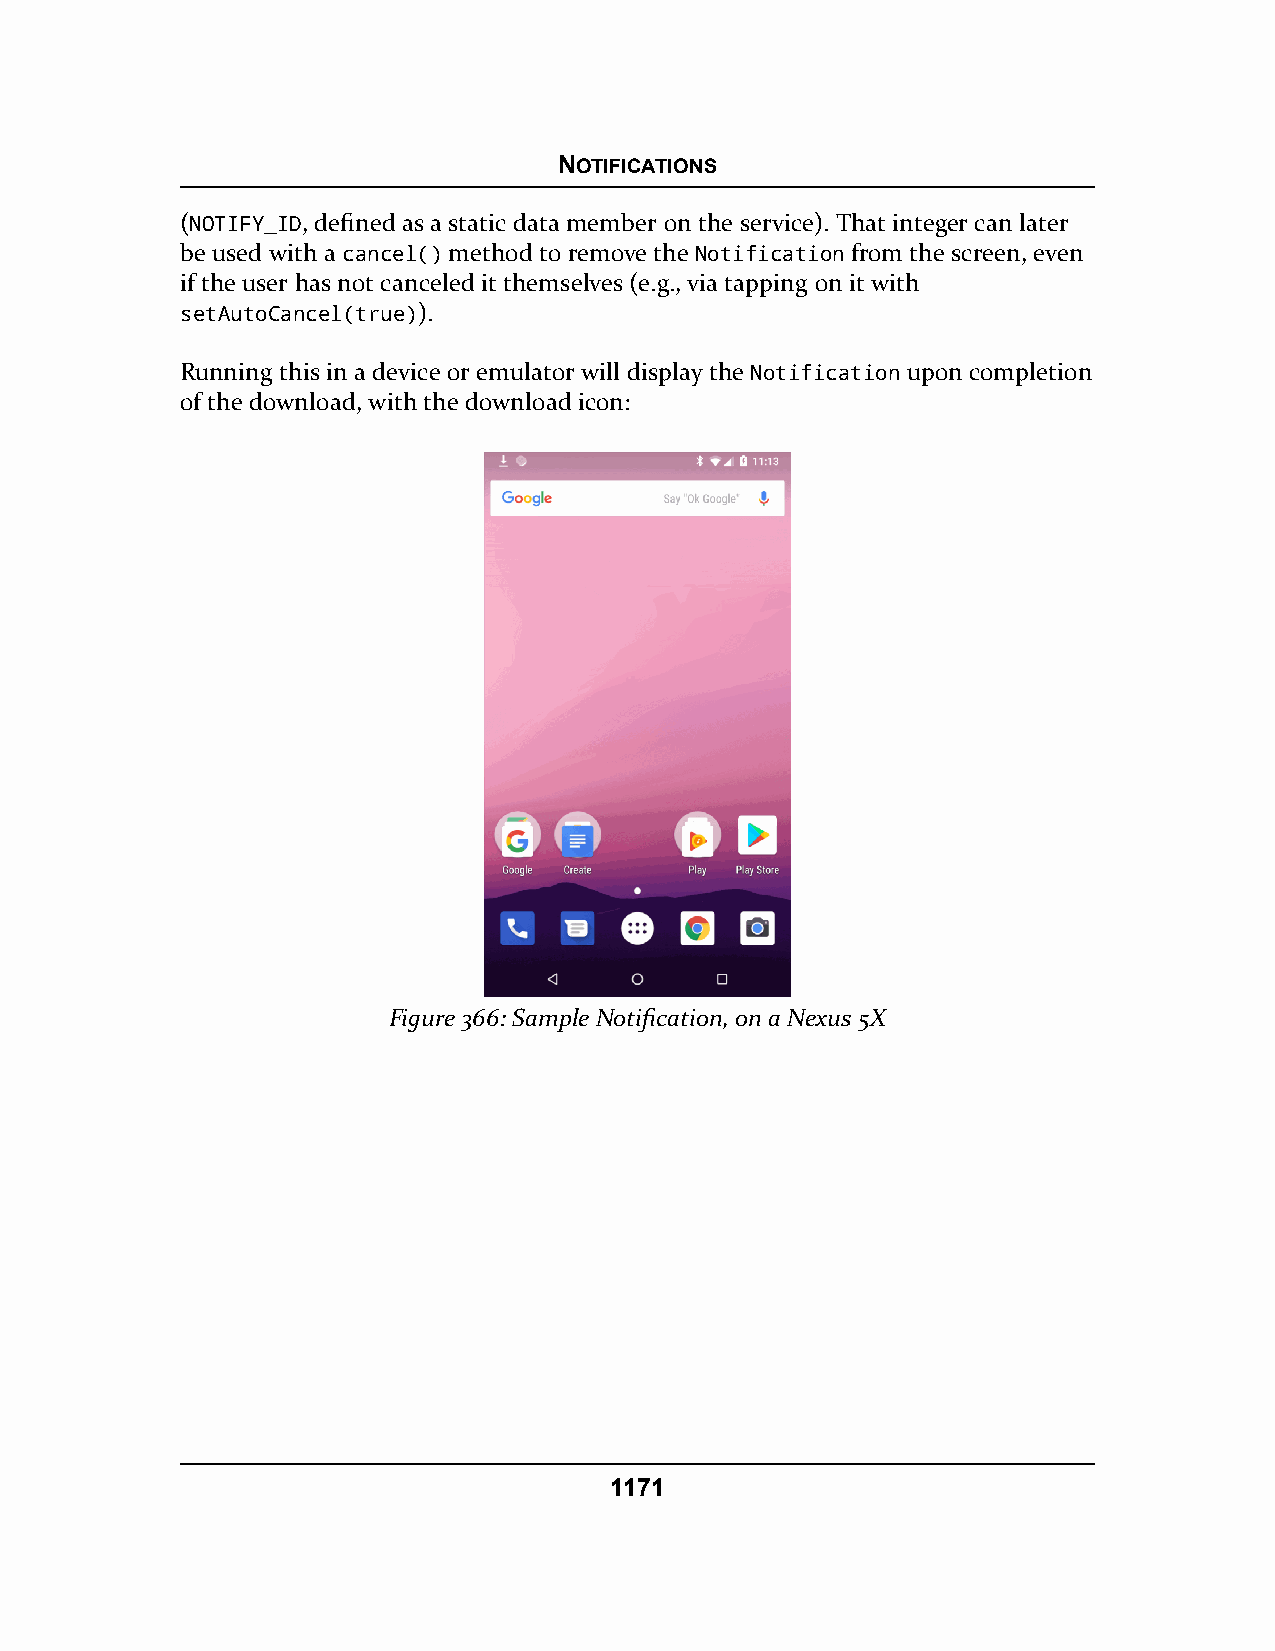
NOTIFICATIONS
 (NOTIFY_ID, defined as a static data member on the service). That integer can later
 be used with a cancel() method to remove the Notification from the screen, even
 if the user has not canceled it themselves (e.g., via tapping on it with
 setAutoCancel(true)).
 Running this in a device or emulator will display the Notification upon completion
 of the download, with the download icon:
 Figure 366: Sample Notification, on a Nexus 5X
 1171